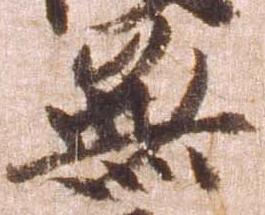
無